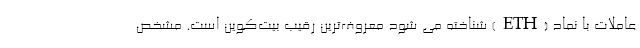
عاملات با نماد (ETH) شناخته می شود معروف‌ترین رقیب بیت‌کوین است. مشخص